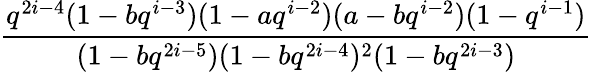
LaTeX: \frac{q^{2i-4}(1-bq^{i-3})(1-aq^{i-2})(a-bq^{i-2})(1-q^{i-1})}{(1-bq^{2i-5})(1-bq^{2i-4})^{2}(1-bq^{2i-3})}